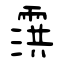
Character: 霟